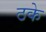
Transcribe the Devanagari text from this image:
ठके